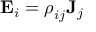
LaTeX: \mathbf { E } _ { i } = { \boldsymbol { \rho } } _ { i j } \mathbf { J } _ { j }